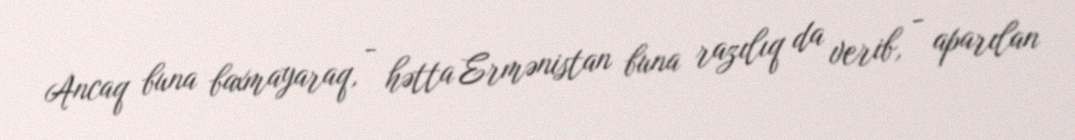
Ancaq buna baxmayaraq, - hətta Ermənistan buna razılıq da verib, - aparılan